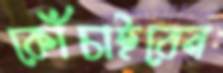
কোঁচাইবেন